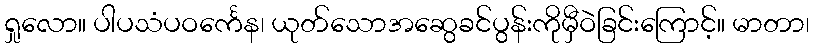
ရှုလော။ ပါပသံပဝင်္ကေန၊ ယုတ်သောအဆွေခင်ပွန်းကိုမှီဝဲခြင်းကြောင့်။ မာတာ၊